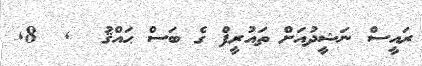
ރައީސް ނަޝީދުއަށް ތައުރީފް ގެ ބަސް ޙައްޤު